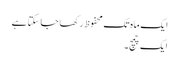
ایک ماہ تک محفوظ رکھا جا سکتا ہے
ایک چمچ۔